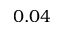
0 . 0 4